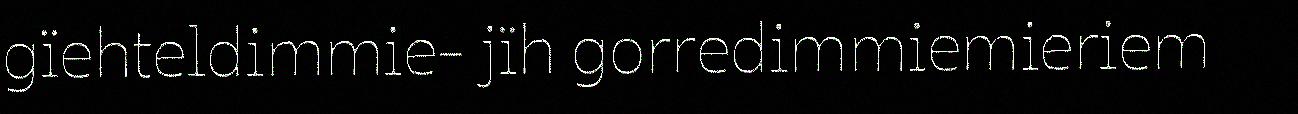
gïehteldimmie- jïh gorredimmiemieriem